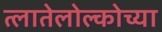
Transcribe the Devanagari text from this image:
त्लातेलोल्कोच्या